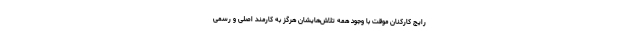
رایج کارکنان موقت با وجود همه تلاش‌هایشان هرگز به کارمند اصلی و رسمی